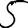
Digit: 5